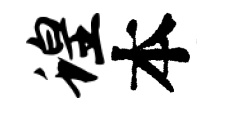
蝗本